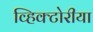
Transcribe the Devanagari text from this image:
व्हिक्टोरीया